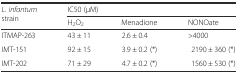
| <ROWSPAN=2> L. infantum strain | <COLSPAN=3> IC50 (μM) |
 | H2O2 | Menadione | NONOate |
 | --- | --- | --- | --- |
 | ITMAP-263 | 43 ± 11 | 2.6 ± 0.4 | >4000 |
 | IMT-151 | 92 ± 15 | 3.9 ± 0.2 (*) | 2190 ± 360 (*) |
 | IMT-202 | 71 ± 29 | 4.7 ± 0.2 (*) | 1560 ± 530 (*) |